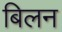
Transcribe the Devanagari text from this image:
बिलन